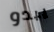
يبدو